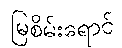
မြစိမ်းရောင်